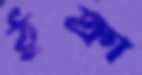
ঠুক্‌রা